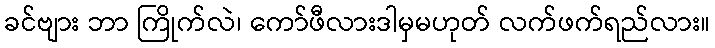
ခင်ဗျား ဘာ ကြိုက်လဲ၊ ကော်ဖီလားဒါမှမဟုတ် လက်ဖက်ရည်လား။